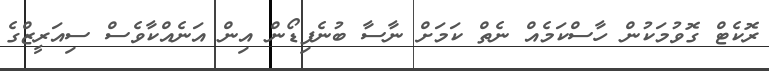
ރޮކެޓް ގޮވުމަކުން ހާސްކަމެއް ނެތް ކަމަށް ނާސާ ބުނެފިޑޯން އިން އަނެއްކާވެސް ސިއަރީޒްގެ